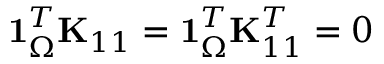
\mathbf { 1 } _ { \Omega } ^ { T } \mathbf { K } _ { 1 1 } = \mathbf { 1 } _ { \Omega } ^ { T } \mathbf { K } _ { 1 1 } ^ { T } = 0